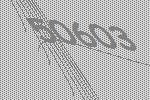
50603